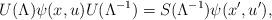
LaTeX: \begin{align*}U(\Lambda) \psi(x, u) U(\Lambda^{-1}) = S(\Lambda^{-1}) \psi(x', u'),\end{align*}